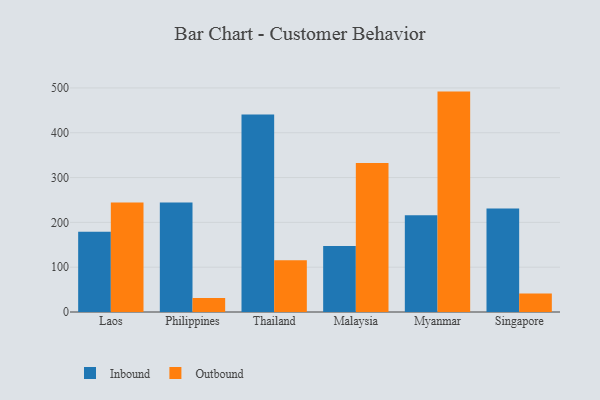
{"axis": {"x": "Country", "y": "Page Views"}, "legend": ["Inbound", "Outbound"], "data": [{"x": "Laos", "y": 179.2, "type": "Inbound"}, {"x": "Laos", "y": 244.1, "type": "Outbound"}, {"x": "Philippines", "y": 244.1, "type": "Inbound"}, {"x": "Philippines", "y": 31.1, "type": "Outbound"}, {"x": "Thailand", "y": 440.5, "type": "Inbound"}, {"x": "Thailand", "y": 115.5, "type": "Outbound"}, {"x": "Malaysia", "y": 147.4, "type": "Inbound"}, {"x": "Malaysia", "y": 332.3, "type": "Outbound"}, {"x": "Myanmar", "y": 216.0, "type": "Inbound"}, {"x": "Myanmar", "y": 491.8, "type": "Outbound"}, {"x": "Singapore", "y": 231.0, "type": "Inbound"}, {"x": "Singapore", "y": 41.3, "type": "Outbound"}]}